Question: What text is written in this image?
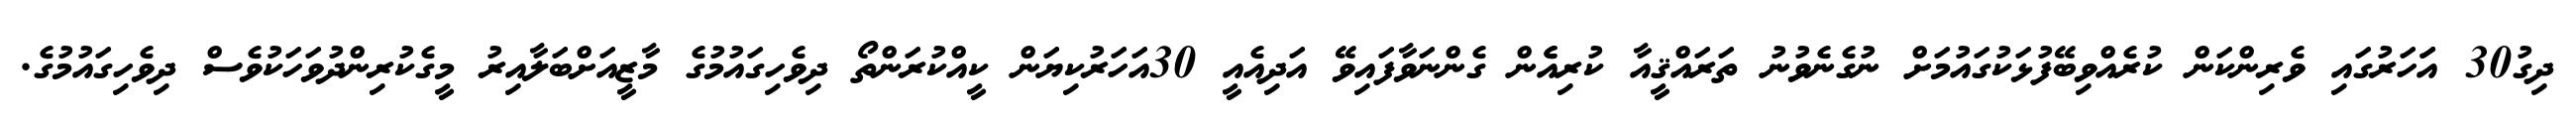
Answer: ދިގު30 އަަހަރުގައި ވެރިންކަން ކުރެއްވިބޭފުޅަކުގައުމަށް ނުގެނެވުނު ތަރައްޤީއާ ކުރިއެެން ގެންނަވާފައިވޭ އަދިއެއީ 30އަހަރުކިޔަން ކީއްކުރަންތޯ ދިވެހިގައުމުގެ މާޒީއަށްބަލާއިރު މީގެކުރިންދުވަހަކުވެސް ދިވެހިގައުމުގެ.